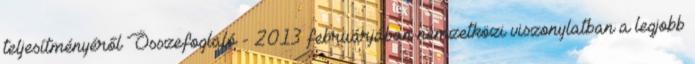
teljesítményéről Összefoglaló - 2013 februárjában nemzetközi viszonylatban a legjobb